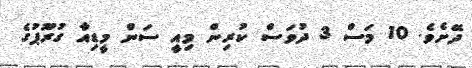
ދޭށެވެ. 10 މަސް 3 ދުވަސް ކުރިން މިއީ ސަން މީޑިއާ ގުރޫޕުގެ